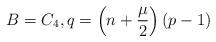
LaTeX: \begin{align*}B=C_4,q=\left(n+\frac{\mu}{2}\right)(p-1)\end{align*}